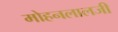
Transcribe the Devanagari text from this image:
मोहनलालजी